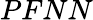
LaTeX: PFNN